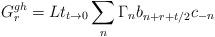
LaTeX: \begin{align*}G_r^{gh} = Lt_{t \rightarrow 0} \sum_n \Gamma_n b_{n+r+t/2}c_{-n}\end{align*}